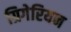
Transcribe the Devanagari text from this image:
ग्रिगेरियन